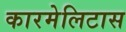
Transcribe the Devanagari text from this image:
कारमेलिटास